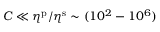
C \ll \eta ^ { \mathrm { p } } / \eta ^ { \mathrm { s } } \sim ( 1 0 ^ { 2 } - 1 0 ^ { 6 } )